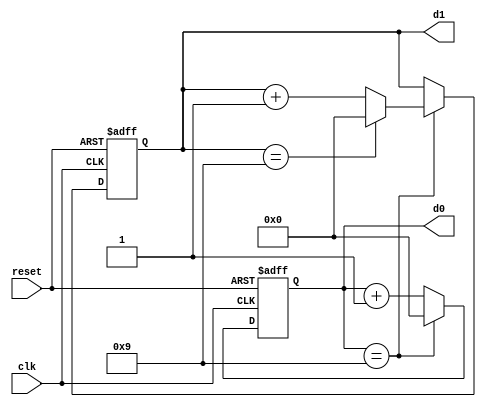
`timescale 1ns / 1ps

module counter_d99(
    output wire [3:0] d1,
    output wire [3:0] d0,
    input wire clk,
    input wire reset
);

    reg [3:0] rd1;
    reg [3:0] rd0;
    
    always @(posedge clk, posedge reset) begin
        if (reset) begin
            rd1 <= 0;
            rd0 <= 0;
        end else begin
            if (rd0 == 9) begin
                rd0 <= 0;
                if (rd1 == 9) begin
                    rd1 <= 0;
                end else begin
                    rd1 <= rd1 + 1;
                end
            end else begin
                rd0 <= rd0 + 1;
            end
        end
    end
    
    assign d1 = rd1;
    assign d0 = rd0;

endmodule